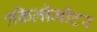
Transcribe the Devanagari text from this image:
१किलोमीटर